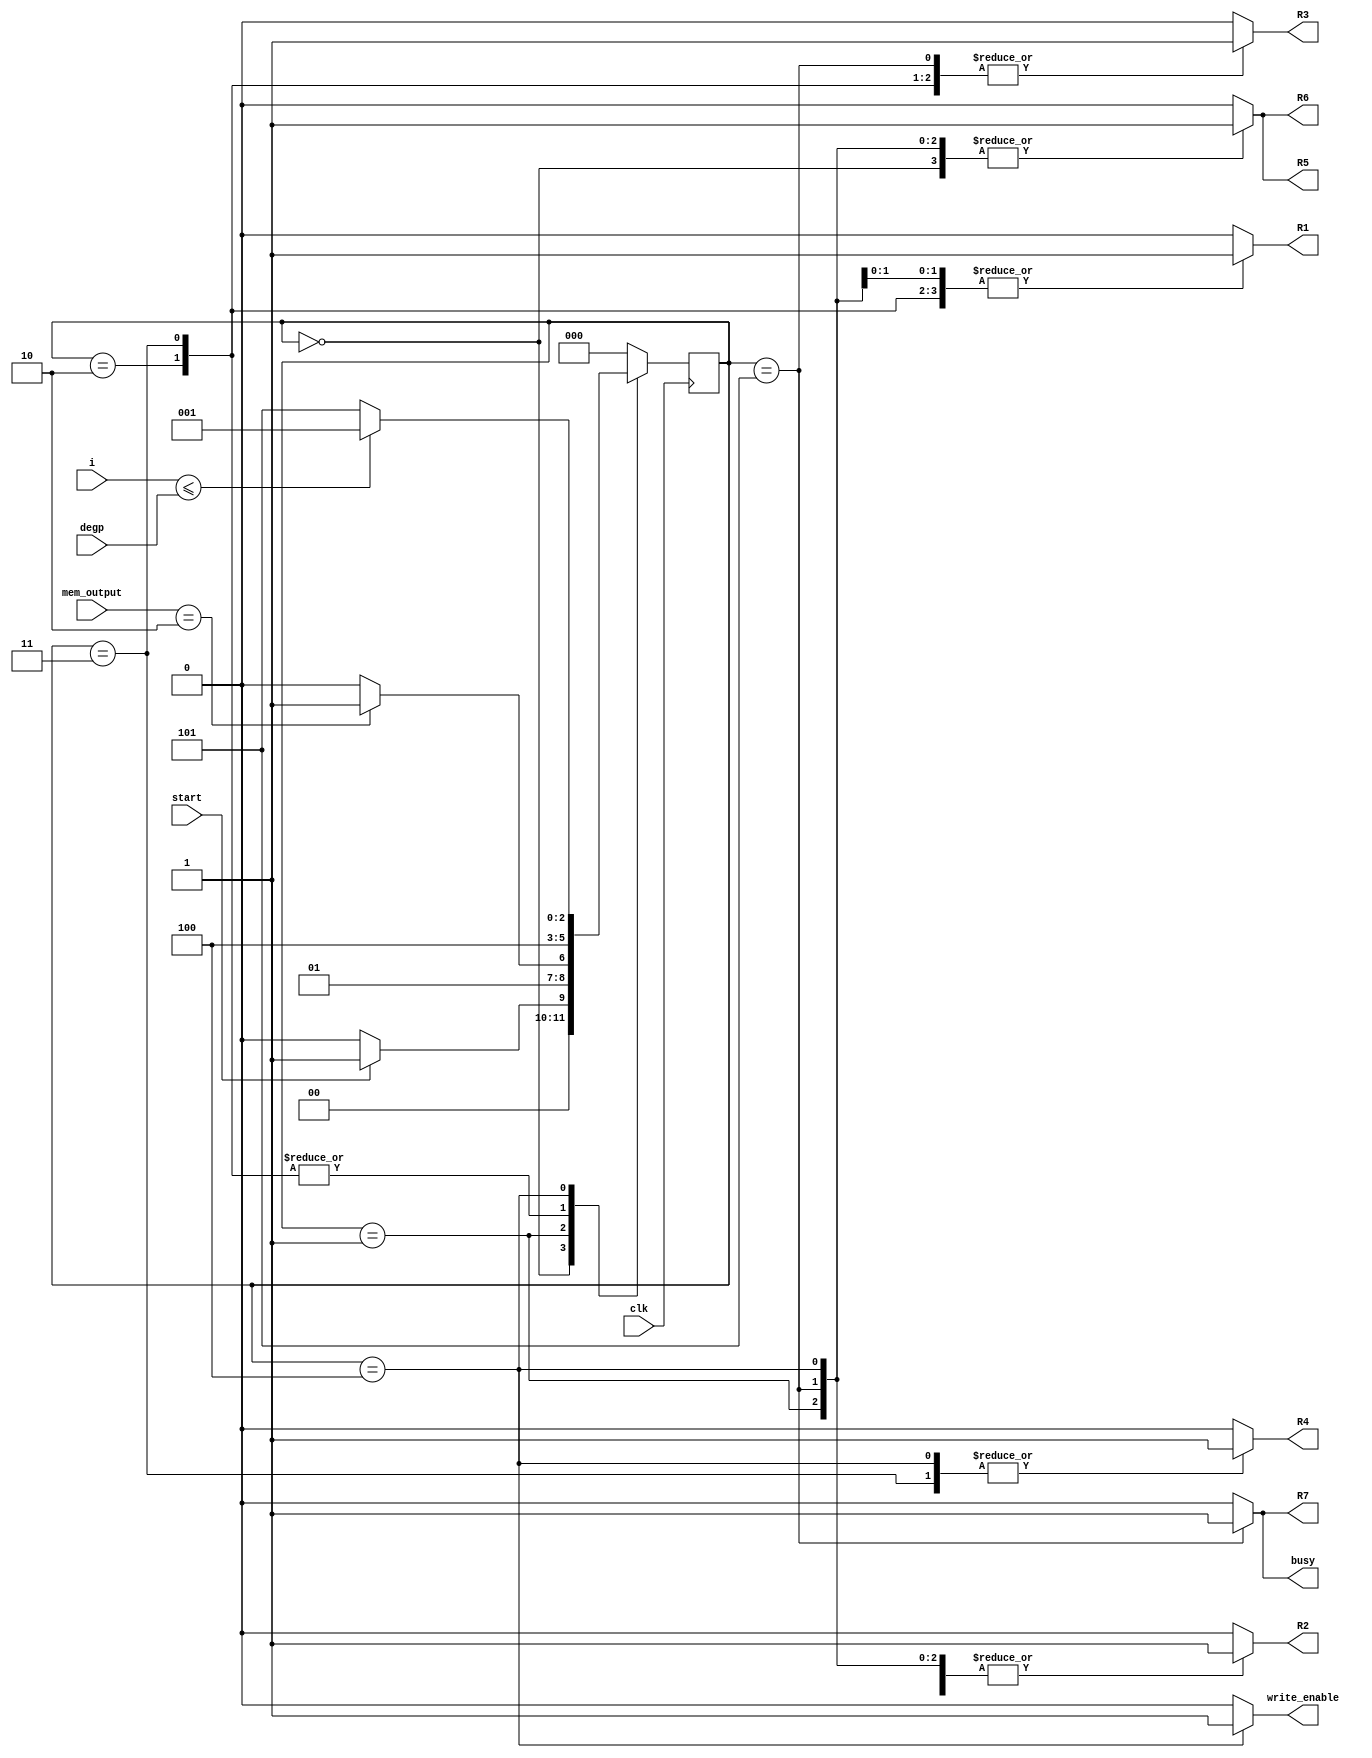
`timescale 1ns / 1ps
//////////////////////////////////////////////////////////////////////////////////
// Company: 
// Engineer: 
// 
// Design Name: 
// Module Name: liftN_FSM
// Project Name: 
// Target Devices: 
// Tool Versions: 
// Description: 
// 
// Dependencies: 
// 
// Revision:
// Revision 0.01 - File Created
// Additional Comments:
// 
//////////////////////////////////////////////////////////////////////////////////


module liftN_FSM(
    input clk,
    input start,
    input [12:0] mem_output,
    input [10:0] degp,
    input [10:0] i,    
    output reg R1, R2, R3, R4, R5, R6, R7, write_enable,
    output reg busy
    );

    parameter Inicio = 3'b000;
    parameter preg1 =3'b001;
    parameter Fp= 3'b010;
    parameter Tp= 3'b011;
    parameter preg2=3'b100;
    parameter salida=3'b101;


    reg [2:0] presente = Inicio; // Registro de Estado - Valor inicial
    reg [2:0] futuro;            // Entrada del registro de Estado

    // Registro de estado 
    always @(posedge clk)
        presente <= futuro;

    // Lgica del estado siguiente
    always @(presente, mem_output, i, degp,start)
        case (presente)
            Inicio :
                if(start)
                    futuro <= preg1;            
                else
                    futuro <= Inicio;
            preg1:
                if(mem_output==12'd2)
                    futuro <= Tp;                  
                else
                    futuro <= Fp;
            Fp:
                futuro <= preg2;
            Tp:
                futuro<= preg2;
            preg2:
                if(i<=degp)
                    futuro <= preg1;                  
                else
                    futuro <= salida;     
            salida:
                futuro <= Inicio;
            default:
                futuro <= Inicio;
        endcase
    
    // Lgica de salida
    always @(presente)
        case (presente)
            Inicio : begin
                R1 <= 1'b0;
                R2 <= 1'b0;
                R3 <= 1'b0;
                R4 <= 1'b0;
                R5 <= 1'b1;
                R6 <= 1'b1;
                R7 <= 1'b0;
                write_enable <=1'b0;
                busy <= 1'b0;
            end
            preg1 : begin
                R1 <= 1'b0;
                R2 <= 1'b1;
                R3 <= 1'b0;
                R4 <= 1'b0;
                R5 <= 1'b1;
                R6 <= 1'b1;
                R7 <= 1'b0;
                write_enable <=1'b0;
                busy <= 1'b0;
            end
            Fp: begin
                R1 <= 1'b1;
                R2 <= 1'b1;
                R3 <= 1'b1;
                R4 <= 1'b0;
                R5 <= 1'b0;
                R6 <= 1'b0;
                R7 <= 1'b0;
                write_enable <=1'b0;
                busy <= 1'b0;
            end
            Tp: begin
                R1 <= 1'b1;
                R2 <= 1'b1;
                R3 <= 1'b1;
                R4 <= 1'b1;
                R5 <= 1'b0;
                R6 <= 1'b0;
                R7 <= 1'b0;
                write_enable <=1'b0;
                busy <= 1'b0;
            end
            preg2: begin
                R1 <= 1'b1;
                R2 <= 1'b1;
                R3 <= 1'b0;
                R4 <= 1'b1;
                R5 <= 1'b1;
                R6 <= 1'b1;
                R7 <= 1'b0;
                write_enable <=1'b1;
                busy <= 1'b0;
            end
            salida: begin
                R1 <= 1'b1;
                R2 <= 1'b1;
                R3 <= 1'b1;
                R4 <= 1'b0;
                R5 <= 1'b1;
                R6 <= 1'b1;
                R7 <= 1'b1;
                write_enable <=1'b0;
                busy <= 1'b1;
            end 
            default: begin
                R1 <= 1'b0;
                R2 <= 1'b0;
                R3 <= 1'b0;
                R4 <= 1'b0;
                R5 <= 1'b0;
                R6 <= 1'b0;
                R7 <= 1'b0;
                write_enable <=1'b0;
                busy <= 1'b0;
             end 
     endcase
endmodule